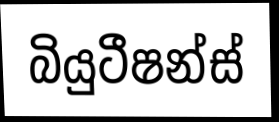
බියුටීෂන්ස්